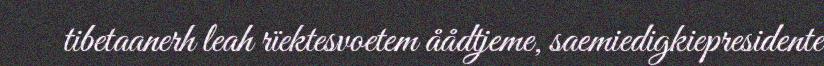
tibetaanerh leah rïektesvoetem åådtjeme, saemiedigkiepresidente